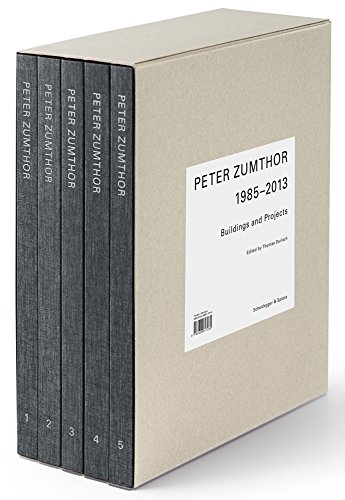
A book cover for Peter Zumthor: Buildings and Projects, 1985-2013; Arts & Photography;